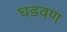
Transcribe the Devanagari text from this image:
घडवण